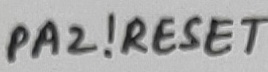
Text: PA2!RESET